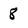
Character: 8